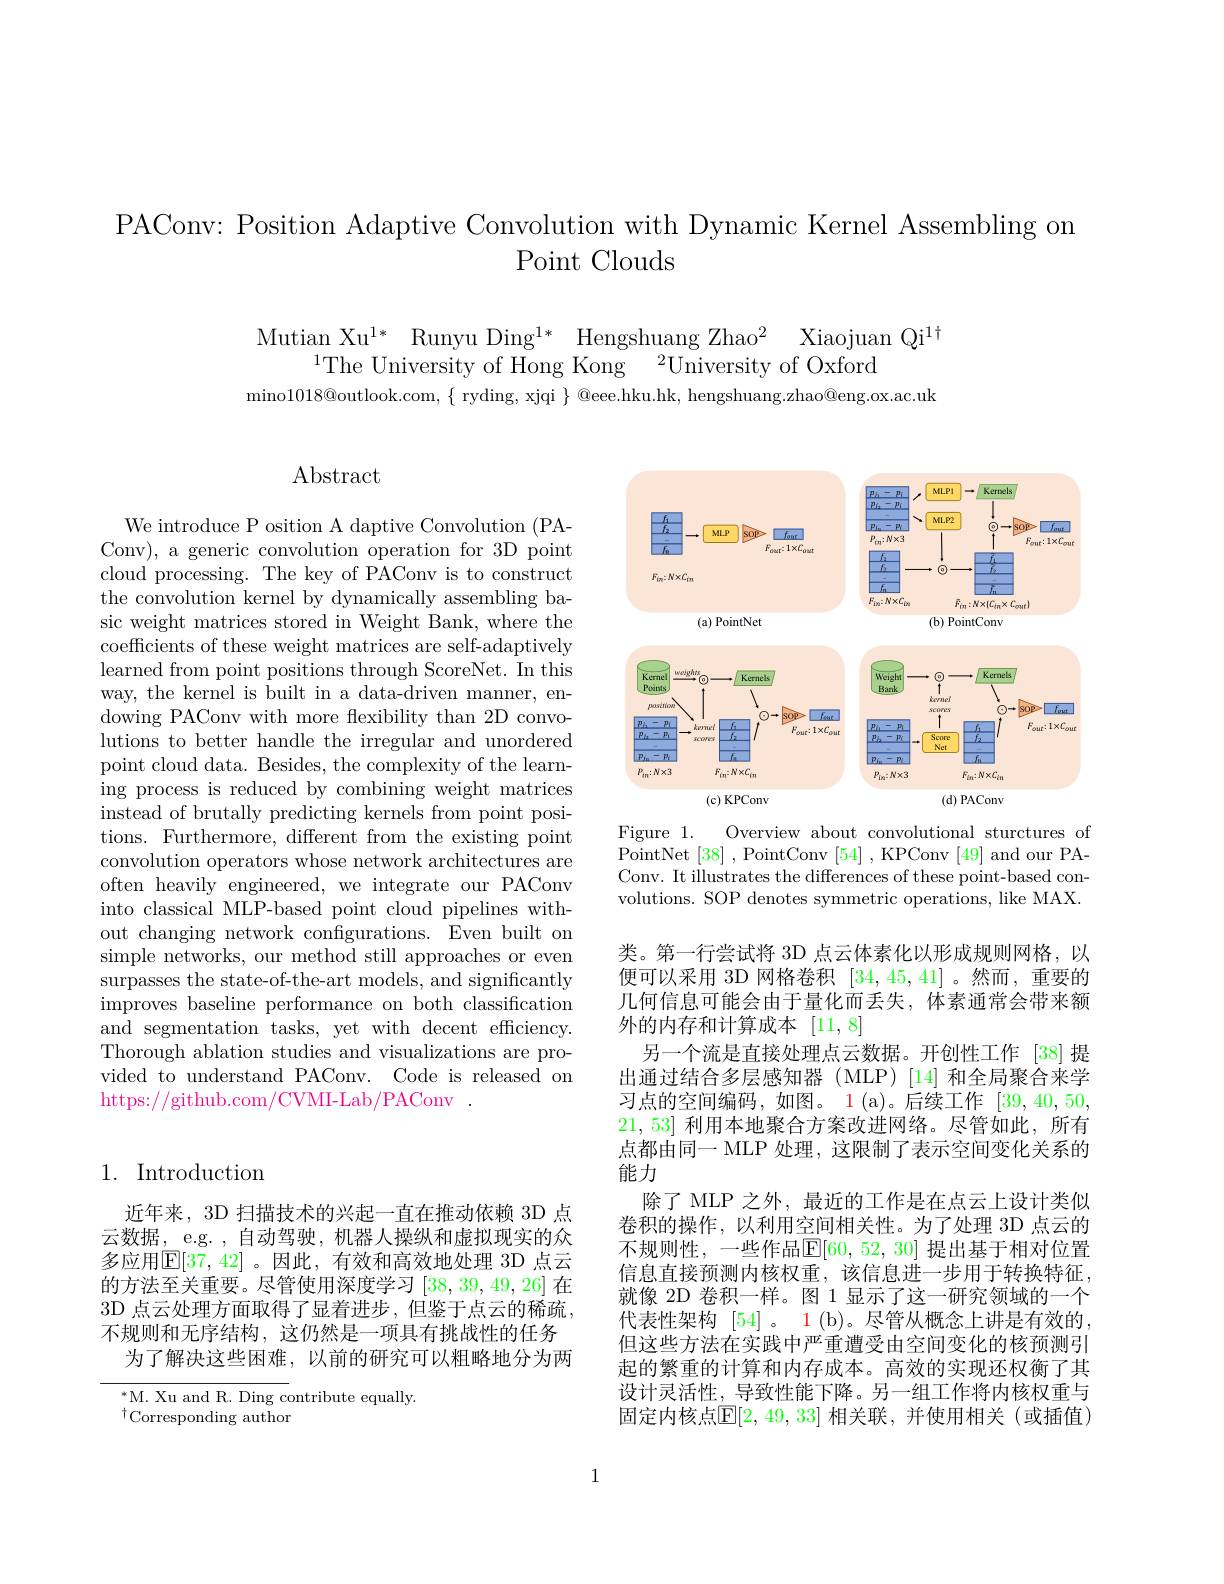
PAConv: Position Adaptive Convolution with Dynamic Kernel Assembling on
Point Clouds

$\begin{array}{c}{\mathrm{Mutian~Xu^{1*}~Runyu~Ding^{1*}~Hengshuang~Zhao^{2}~Xiaojuan~Qi^{1\dagger}}}\\{{}}\\{{}}\\{{}}_{{}}^{{}}{}_{{}}^{{}}{\mathrm{The~University~of~Hong~Kong~^{2}University~of~Oxford}}\end{array}$ mino1018@ outlook. com, $\{$ ryding, xjqi $\}$ @ eee. hku. hk, hengshuang. zhao@ eng. ox. ac. uk

## $\operatorname{Abstract}$

We introduce P osition A daptive Convolution (PAConv), a generic convolution operation for 3D point cloud processing. The key of PAConv is to construct the convolution kernel by dynamically assembling basic weight matrices stored in Weight Bank, where the coefficients of these weight matrices are self-adaptively learned from point positions through ScoreNet. In this way, the kernel is built in a data-driven manner, endowing PAConv with more flexibility than 2D convolutions to better handle the irregular and unordered point cloud data. Besides, the complexity of the learning process is reduced by combining weight matrices instead of brutally predicting kernels from point positions. Furthermore, different from the existing point convolution operators whose network architectures are often heavily engineered, we integrate our PAConv into classical MLP-based point cloud pipelines without changing network configurations. Even built on simple networks, our method still approaches or even surpasses the state-of-the-art models, and significantly improves baseline performance on both classification and segmentation tasks, yet with decent efficiency. Thorough ablation studies and visualizations are provided to understand PAConv. Code is released on https://github.com/CVMI-Lab/PAConv~.

## 1. Introduction

近年来，3D 扫描技术的兴起一直在推动依赖 3D 点云数据，e.g. , 自动驾驶，机器人操纵和虚拟现实的众多应用$\mathsf{E}[37,42]$。因此，有效和高效地处理 3D 点云的方法至关重要。尽管使用深度学习[38,39,49,26]在3D 点云处理方面取得了显着进步，但鉴于点云的稀疏， 不规则和无序结构，这仍然是一项具有挑战性的任务
为了解决这些困难，以前的研究可以粗略地分为两

$^{*}$M. Xu and R. Ding contribute equally.
$^{\dagger}$Corresponding author

<FigureHere>

Figure 1.
Overview about convolutional sturctures of
PointNet [38] , PointConv [54] , KPConv [49] and our PAConv. It illustrates the differences of these point-based convolutions. SOP denotes symmetric operations, like MAX.

类。第一行尝试将 3D 点云体素化以形成规则网格，以便可以采用 3D 网格卷积[34,45,41]。然而，重要的几何信息可能会由于量化而丢失，体素通常会带来额外的内存和计算成本[11,8]
另一个流是直接处理点云数据。开创性工作 [38]提出通过结合多层感知器 (MLP) [14] 和全局聚合来学习点的空间编码，如图。1(a)。后续工作[39,40,50, 21,53]利用本地聚合方案改进网络。尽管如此，所有点都由同一 MLP 处理，这限制了表示空间变化关系的能力
除了 MLP 之外，最近的工作是在点云上设计类似卷积的操作，以利用空间相关性。为了处理 3D 点云的不规则性，一些作品$\mathbb{E}[60,52,30]$ 提出基于相对位置信息直接预测内核权重，该信息进一步用于转换特征， 就像 2D 卷积一样。图 1 显示了这一研究领域的一个代表性架构 [54]。1(b)。尽管从概念上讲是有效的但这些方法在实践中严重遭受由空间变化的核预测引起的繁重的计算和内存成本。高效的实现还权衡了其设计灵活性，导致性能下降。另一组工作将内核权重与固定内核点$\mathbb{E}[2,49,33]$ 相关联，并使用相关(或插值)

1